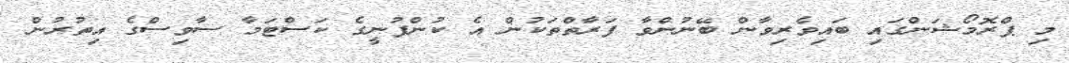
މި ޕްރޮމޯޝަންގައި ބައިވެރިވާން ބޭނުންވާ ފަރާތްތަކުން އެ ކުންފުނީގެ ކަސްޓަމާ ސާވިސްގެ އިތުރުން